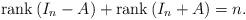
LaTeX: \begin{align*}\mathrm{rank}\, (I_{n}-A)+\mathrm{rank}\, (I_{n}+A)=n.\end{align*}